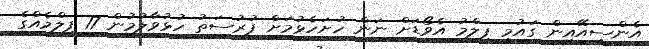
އެންސީއޭއިން ގައުމީ ފިލްމު އެވޯޑަށް ނަން ހުށަހެޅުމަށް ފުރުސަތު ހުޅުވާލުމުން 17 ފިލްމެއްގެ